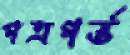
পত্রগর্ভ